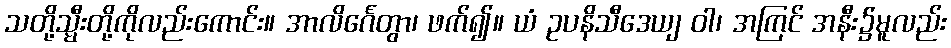
သတို့သ္မီးတို့ကိုလည်းကောင်း။ အာလိင်္ဂေတွာ၊ ဖက်၍။ ယံ ဥပနိသီဒေယျ ဝါ၊ အကြင် အနီး၌မူလည်း